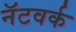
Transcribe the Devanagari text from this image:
नॅटवर्क